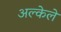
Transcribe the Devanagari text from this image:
अल्केले